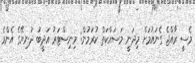
މެސީ ރާއްޖެ ގެނައުމަށް މިދަނީ މަސައްކަތް ކުރަމުން: މިނިސްޓަރު އަދީބު ދުނިޔޭގެ އެންމެ